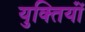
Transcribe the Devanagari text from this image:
युक्‍तियॉं